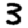
Digit: 3